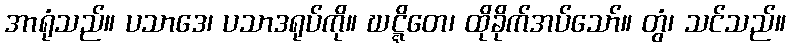
အာရုံသည်။ ပသာဒေ၊ ပသာဒရုပ်ကို။ ဃဋ္ဋိတေ၊ ထိုခိုက်အပ်သော်။ တွံ၊ သင်သည်။